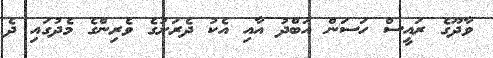
ވާދޫގެ ރައީސް ހަސަން އަބްދު އާއި އެކު ދެރަށުގެ ވެރިންގެ މެދުގައި ދެ